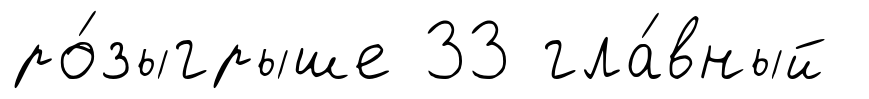
ро́зыгрыше 33 гла́вный